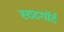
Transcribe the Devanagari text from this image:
स्टटगॉर्ट